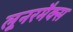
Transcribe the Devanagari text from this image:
लूनरमैक्स